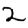
Digit: 2